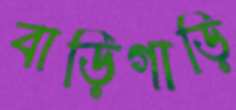
বাড়িগাড়ি